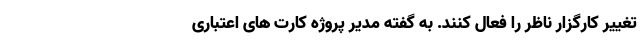
تغییر کارگزار ناظر را فعال کنند. به گفته مدیر پروژه کارت های اعتباری